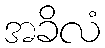
အခိလံ